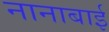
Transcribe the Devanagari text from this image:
नानाबाई